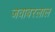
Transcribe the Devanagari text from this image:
जवाबरलाल